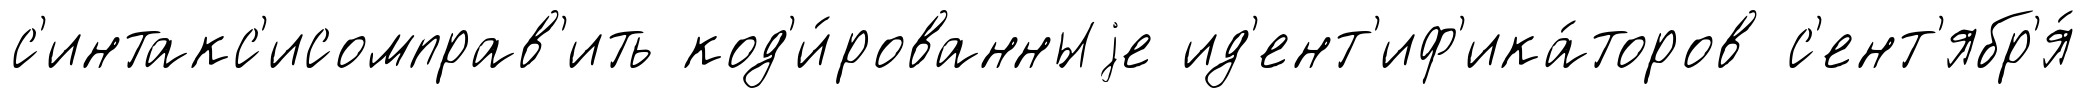
с'интакс'исомправ'ить код'и́рованныjе ид'ент'иф'ика́торов с'ент'ябр'я́